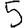
Digit: 5